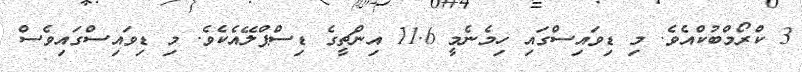
3 ކްރޯމްބުކްއެވެ. މި ޑިވައިސްގައި ހިމެނެމީ 11.6 އިންޗީގެ ޑިސްޕްލޭއެކެވެ. މި ޑިވައިސްގައިވެސް